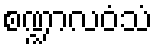
စဏ္ဍာလဝံသံ